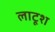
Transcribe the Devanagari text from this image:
लाटूश